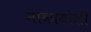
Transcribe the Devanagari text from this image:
नाकायोशी